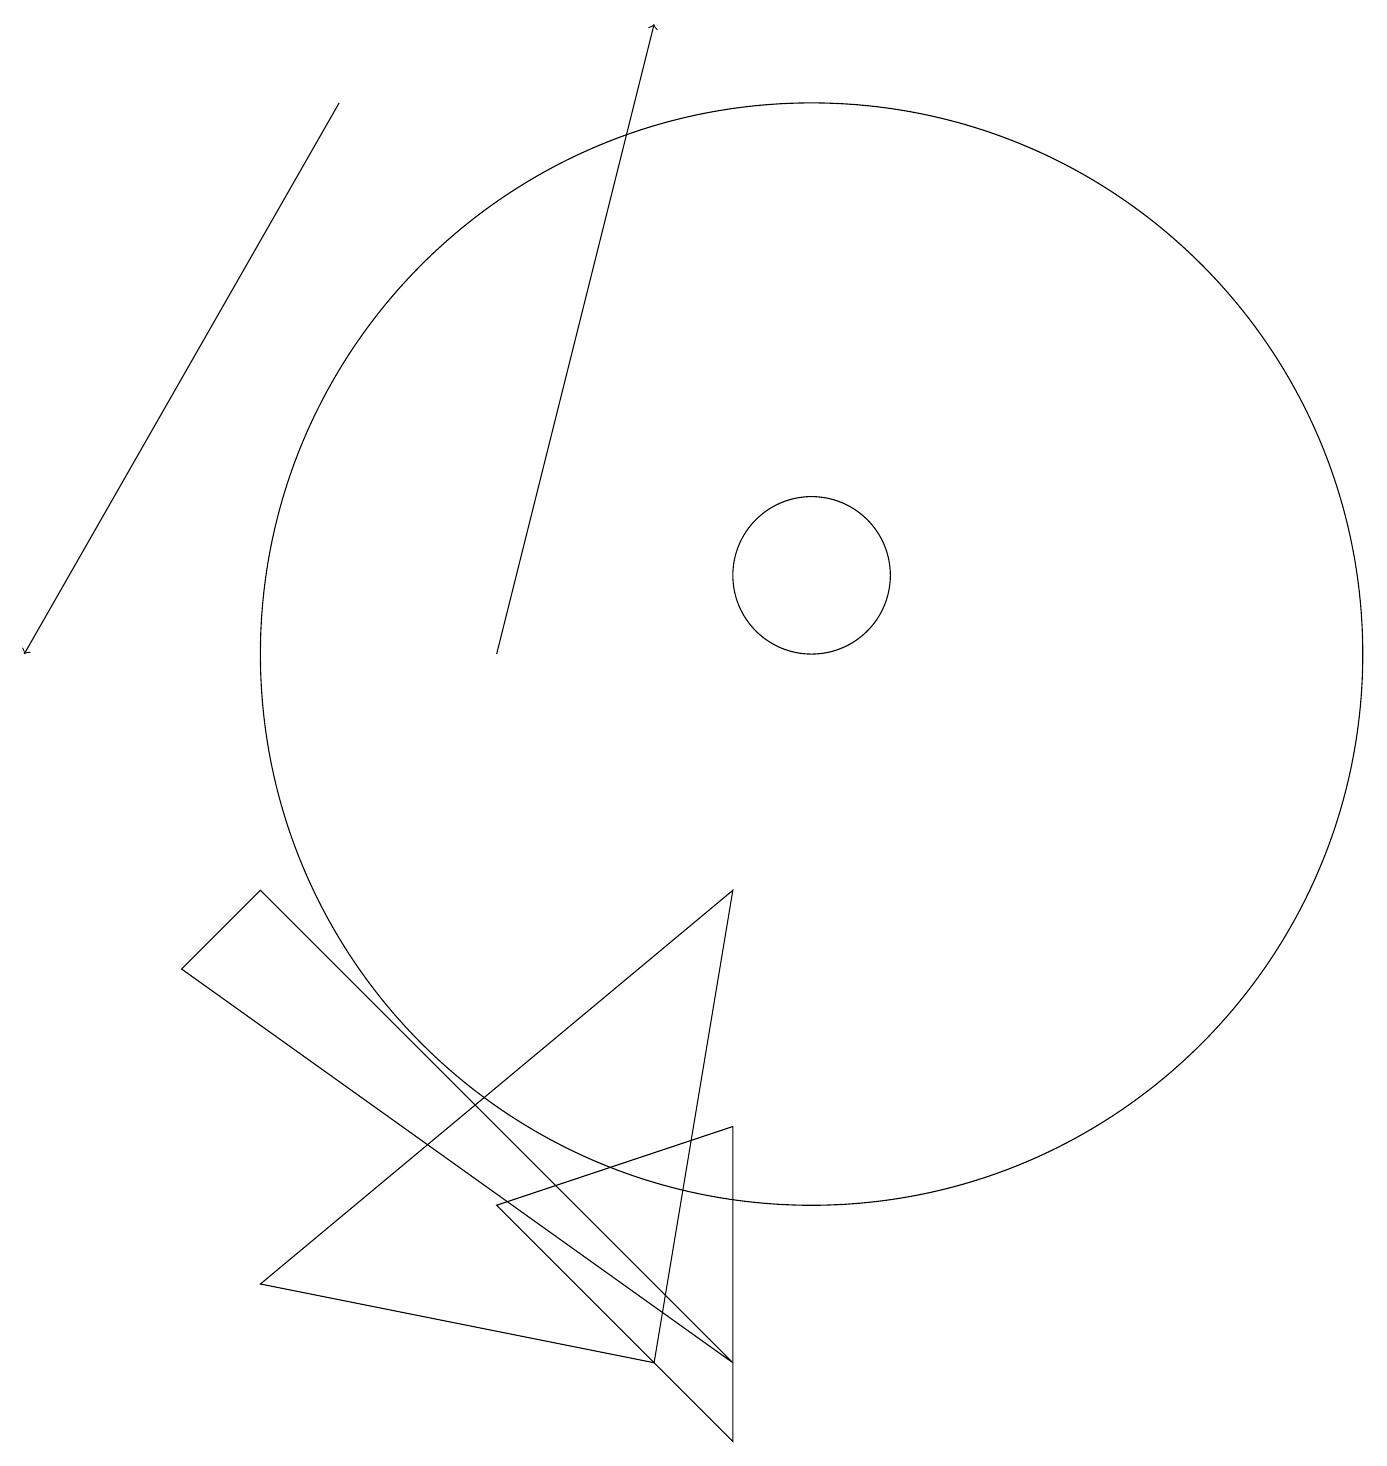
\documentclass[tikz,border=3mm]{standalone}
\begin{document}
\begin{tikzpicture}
\draw[->] (4,17) -- (0,10);
\draw (3,7) -- (2,6) -- (9,1) -- cycle;
\draw (9,7) -- (8,1) -- (3,2) -- cycle;
\draw (10,11) circle (1);
\draw (9,4) -- (9,0) -- (6,3) -- cycle;
\draw (10,10) circle (7);
\draw[->] (6,10) -- (8,18);
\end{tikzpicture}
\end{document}